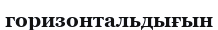
горизонтальдығын